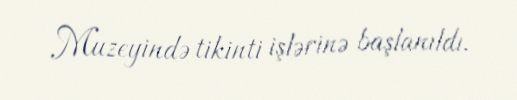
Muzeyində tikinti işlərinə başlanıldı.